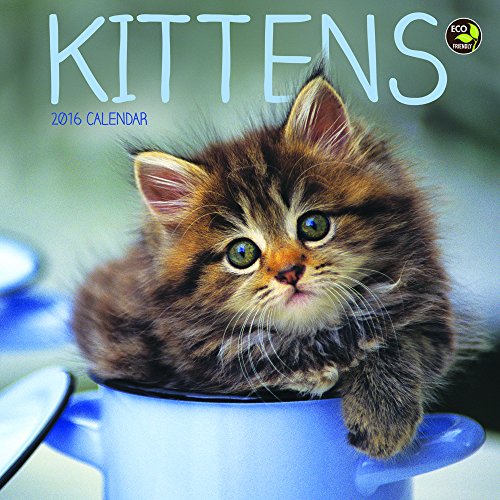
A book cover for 2016 Kittens Mini Calendar; TF Publishing; Calendars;